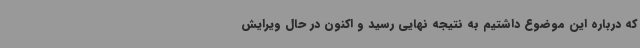
که درباره این موضوع داشتیم به نتیجه نهایی رسید و اکنون در حال ویرایش